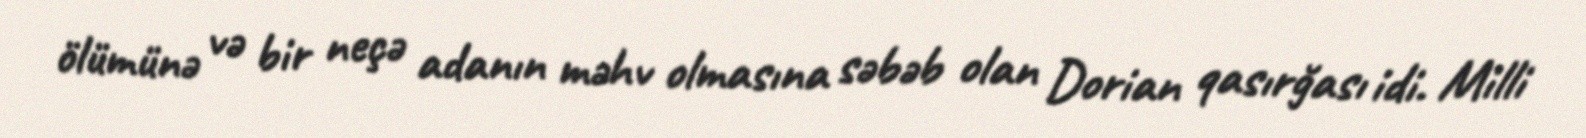
ölümünə və bir neçə adanın məhv olmasına səbəb olan Dorian qasırğası idi. Milli